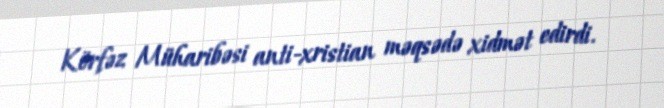
Körfəz Müharibəsi anti-xristian məqsədə xidmət edirdi.